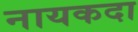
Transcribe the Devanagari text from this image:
नायकदा